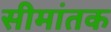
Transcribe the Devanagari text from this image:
सीमांतक